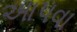
આપવા